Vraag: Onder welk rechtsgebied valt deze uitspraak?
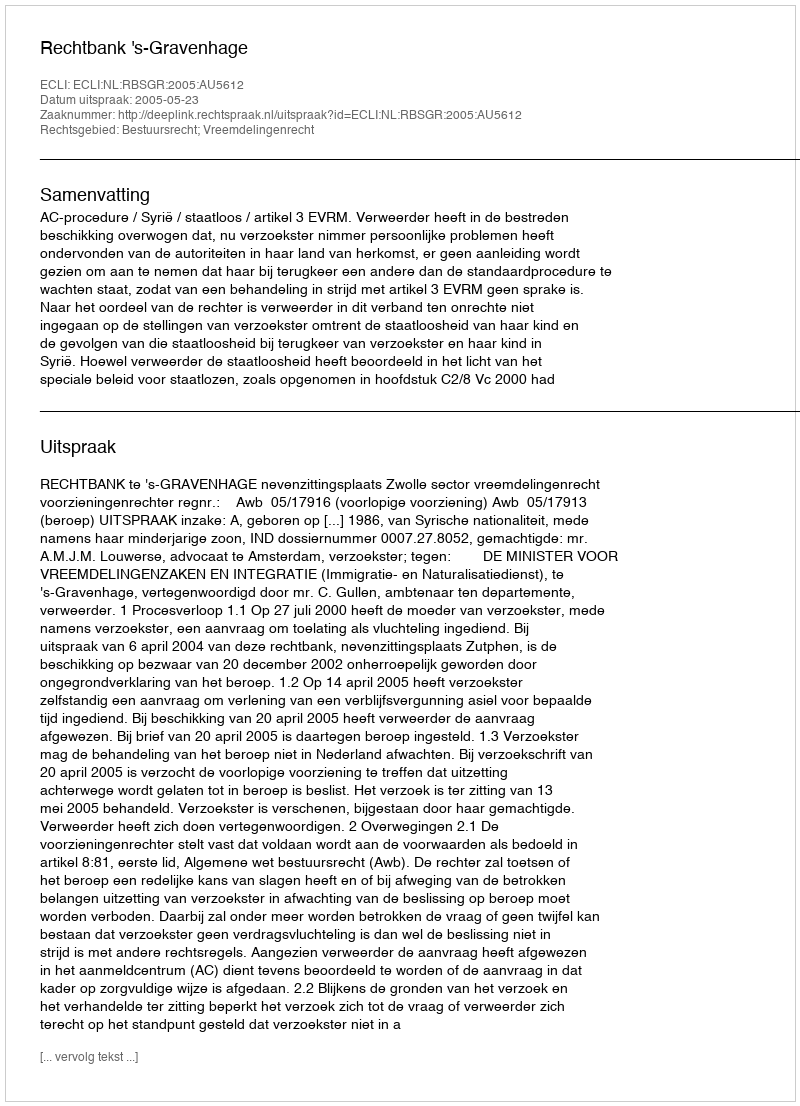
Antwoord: Bestuursrecht; Vreemdelingenrecht